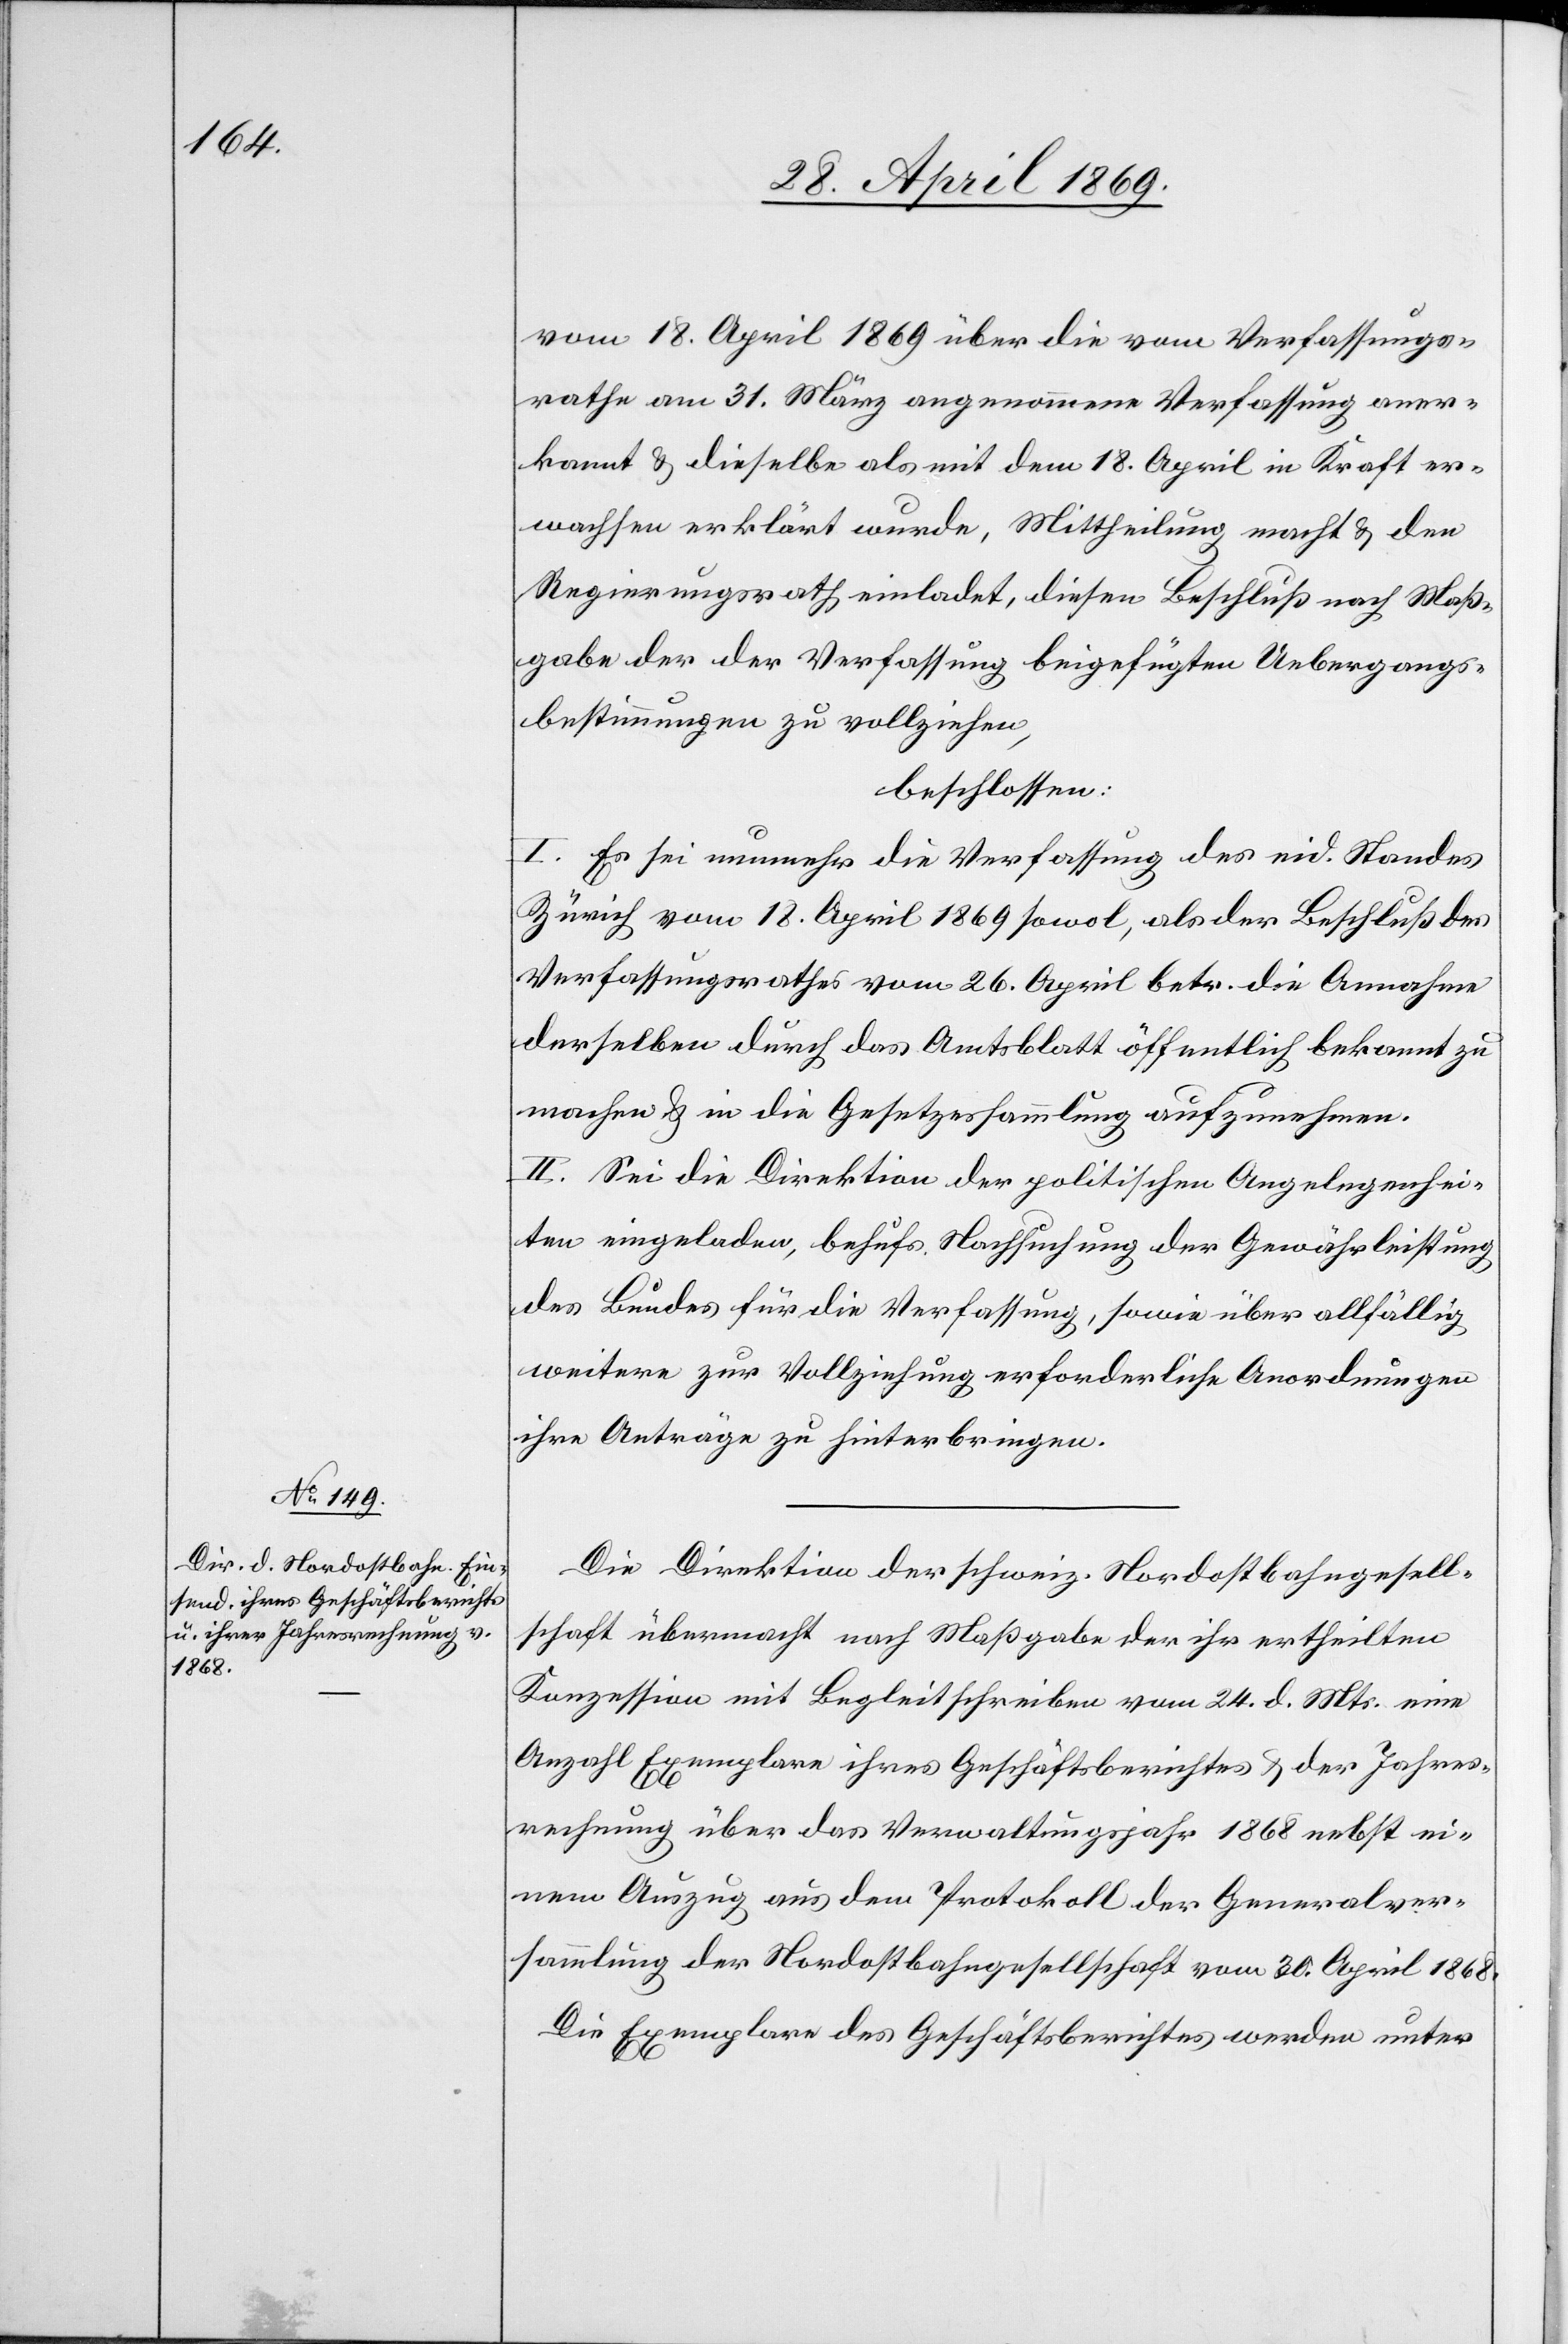
vom 18. April 1869 über die vom Verfassungs¬
rathe vom 31. März angenommene Verfassung aner¬
kannt u. dieselbe als mit dem 18. April in Kraft er¬
wachsen erklärt wurde, Mittheilung macht u. den
Regierungsrath einladet, diesen Beschluß nach Maß¬
gabe der der Verfassung beigefügten Uebergangs¬
bestimmungen zu vollziehen,
beschlossen:
I. Es sei nunmehr die Verfassung des eid. Standes
Zürich vom 18. April 1869 sowol, als der Beschluß des
Verfassungsrathes vom 26. April betr. die Annahme
derselben durch das Amtsblatt öffentlich bekannt zu
machen u. in die Gesetzessammlung aufzunehmen.
II. Sei die Direktion der politischen Angelegenhei¬
ten eingeladen, behufs Nachsuchung der Gewährleistung
des Bundes für die Verfassung, sowie über allfällig
weitere zur Vollziehung erforderliche Anordnungen
ihre Anträge zu hinterbringen.
Die Direktion der schweiz. Nordostbahngesell¬
schaft übermacht nach Maßgabe der ihr ertheilten
Konzession mit Begleitschreiben vom 24. d. Mts. eine
Anzahl Exemplare ihres Geschäftsberichtes u. der Jahres¬
rechnung über das Verwaltungsjahr 1868 nebst ei¬
nem Auszug aus dem Protokoll der Generalver¬
sammlung der Nordostbahngesellschaft vom 30. April 1868.
Die Exemplare des Geschäftsberichtes werden unter